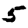
Digit: 5